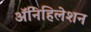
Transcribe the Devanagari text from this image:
ॲनिहिलेशन